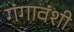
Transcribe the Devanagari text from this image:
गंगावंशी